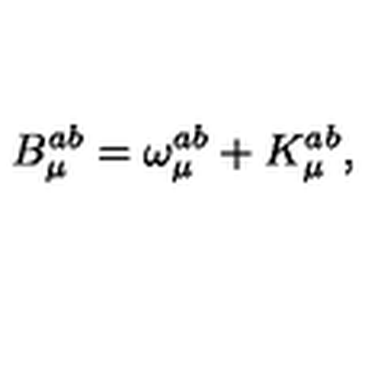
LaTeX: B _ { \mu } ^ { a b } = \omega _ { \mu } ^ { a b } + K _ { \mu } ^ { a b } ,